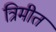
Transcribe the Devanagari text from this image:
त्रिमीत